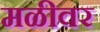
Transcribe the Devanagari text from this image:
मळीवर